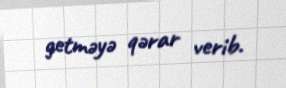
getməyə qərar verib.